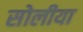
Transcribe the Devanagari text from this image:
सोलीया